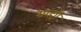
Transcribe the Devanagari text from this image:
ग्राह्यी